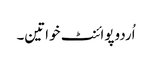
اُردوپوائنٹ خواتین۔